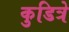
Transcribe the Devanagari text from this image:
कुडित्रे